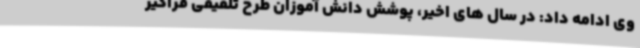
وی ادامه داد: در سال های اخیر، پوشش دانش آموزان طرح تلفیقی فراگیر